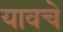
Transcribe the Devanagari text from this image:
यावचे